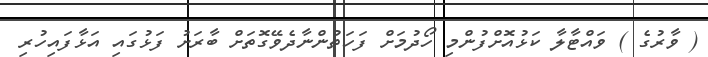
( ވާރުގެ ) ވައްޓާލާ ކަޅުއޮށްފުންމި ހޯދުމަށް ފަހަތުންނާދެވޭގޮތަށް ބާރަށު ފަޅުގައި އަޅާފައިހުރި